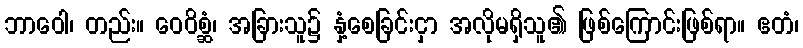
ဘာဝေါ၊ တည်း။ ဝေဝိစ္ဆံ၊ အခြားသူ၌ နှံ့စေခြင်းငှာ အလိုမရှိသူ၏ ဖြစ်ကြောင်းဖြစ်ရာ။ ဧတံ၊